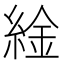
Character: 䋮